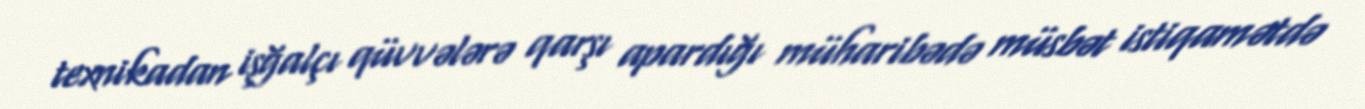
texnikadan işğalçı qüvvələrə qarşı apardığı müharibədə müsbət istiqamətdə